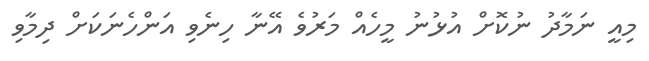
މިއީ ނަމާދު ނުކޮށް އުޅުނު މީހެއް މަރުވެ އޭނާ ހިނެވި އަންހެނަކަށް ދިމާވި